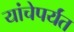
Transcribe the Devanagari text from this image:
यांचेपर्यंत